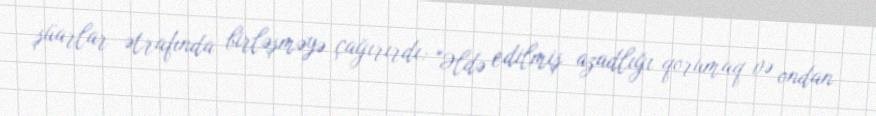
şüarlar ətrafında birləşməyə çağırırdı: "Əldə edilmiş azadlığı qorumaq və ondan